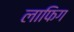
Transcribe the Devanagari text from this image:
लाफिग